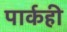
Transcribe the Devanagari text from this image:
पार्कही